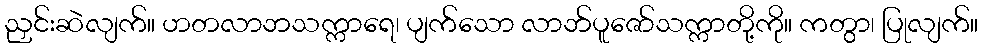
ညှင်းဆဲလျက်။ ဟတလာဘသက္ကာရေ၊ ပျက်သော လာဘ်ပူဇော်သက္ကာတို့ကို။ ကတွာ၊ ပြုလျက်။